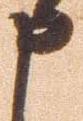
申